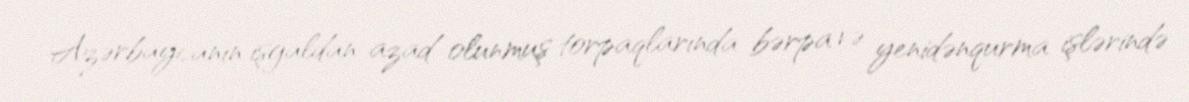
Azərbaycanın işğaldan azad olunmuş torpaqlarında bərpa və yenidənqurma işlərində